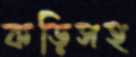
কড়িসহ